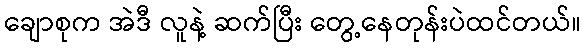
ချောစုက အဲဒီ လူနဲ့ ဆက်ပြီး တွေ့နေတုန်းပဲထင်တယ်။